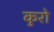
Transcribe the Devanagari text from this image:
कुरो